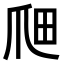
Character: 𤔉